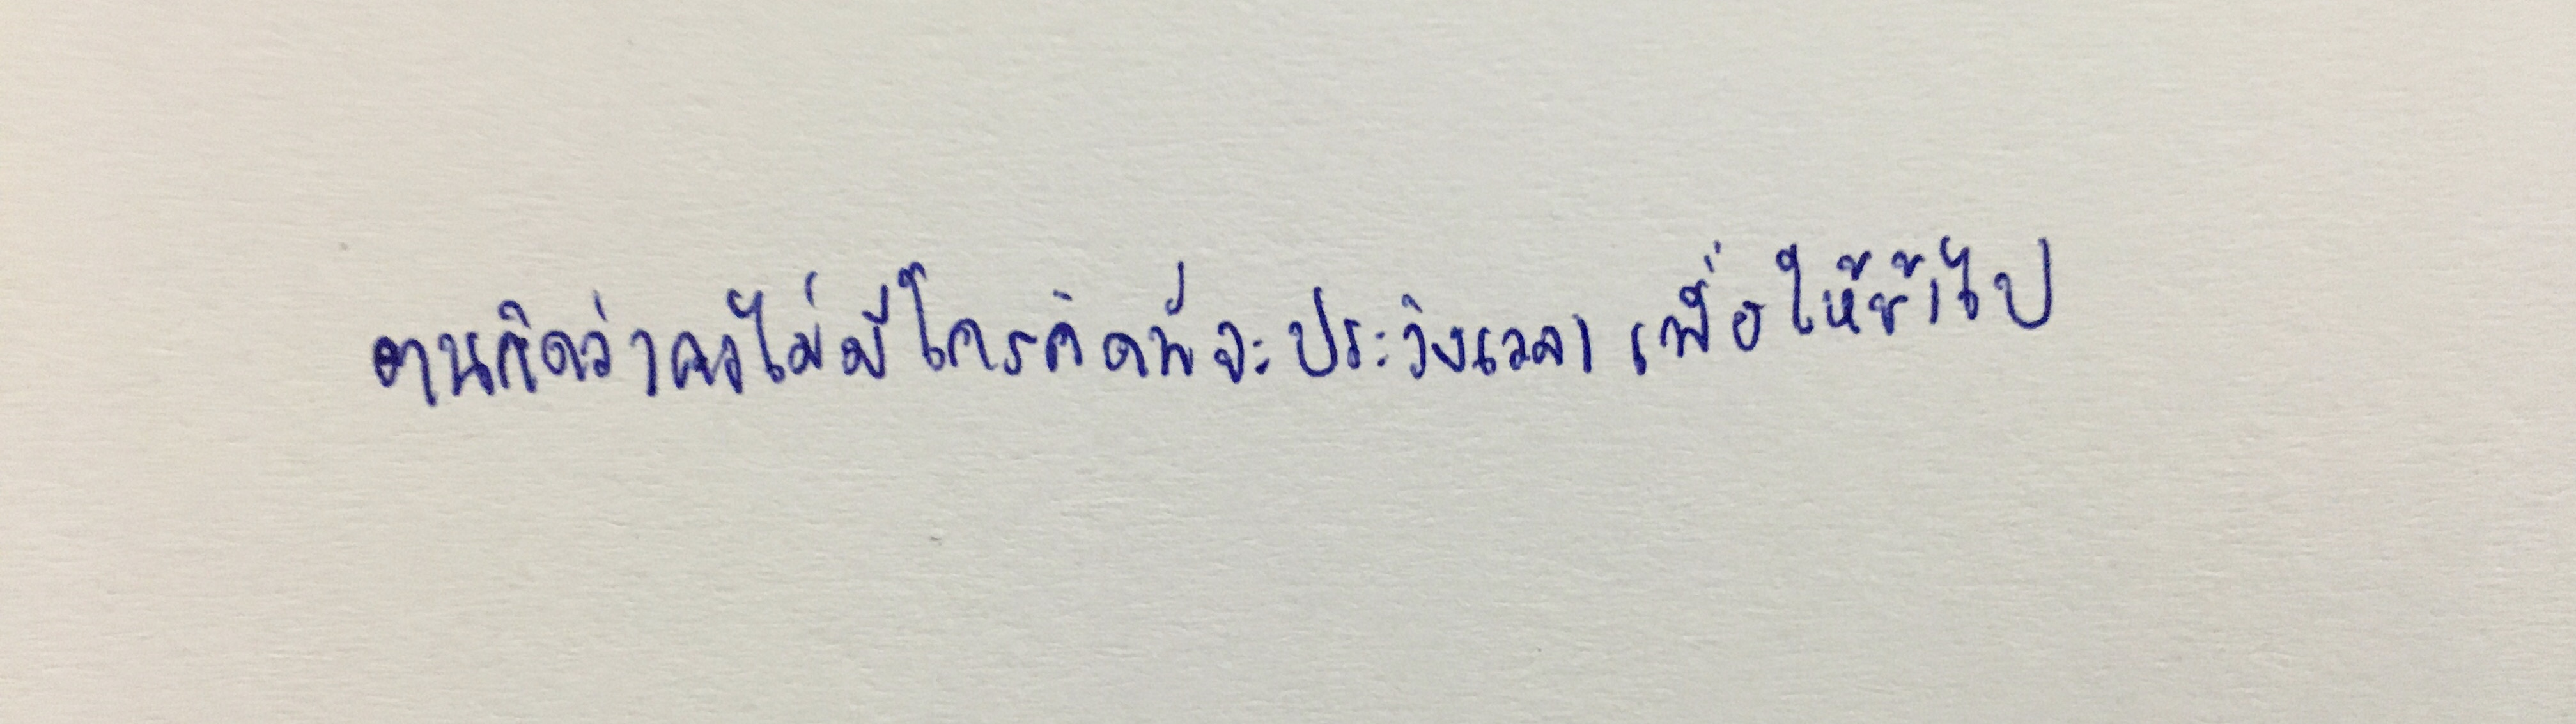
ตนคิดว่าคงไม่มีใครคิดที่จะประวิงเวลาเพื่อให้ช้าไป